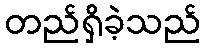
တည်ရှိခဲ့သည်